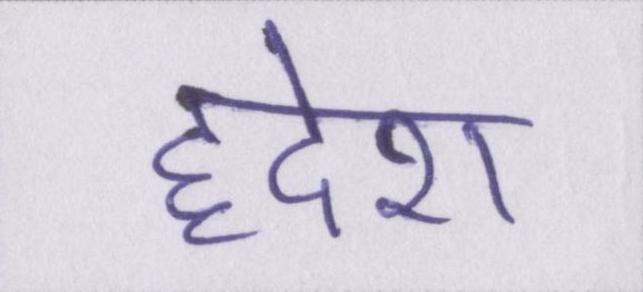
हृदेश